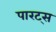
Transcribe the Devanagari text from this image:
पारट्स